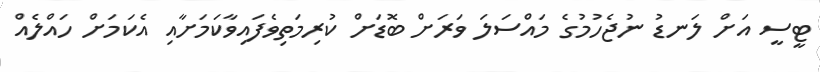
ޓީސީ އަށް ލަނޑު ނުޖެހުމުގެ މައްސަލަ ވަރަަށް ބޮޑަށް ކުރިމަތިވެފައިވާކަމަށާއި އެކަމަށް ހައްލެއް